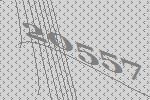
20557